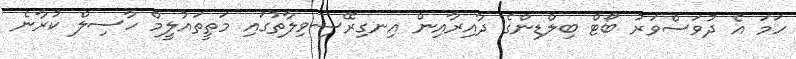
ހަމަ އެ ދުވަސްވަރު ބޯޓް ބިލްޑިންގެ ދާއިރާއިން އިނގިރޭސިވިލާތުގައި މަތީތައުލީމް ހާސިލް ކުރާނެ